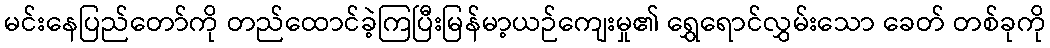
မင်းနေပြည်တော်ကို တည်ထောင်ခဲ့ကြပြီးမြန်မာ့ယဉ်ကျေးမှု၏ ရွှေရောင်လွှမ်းသော ခေတ် တစ်ခုကို